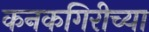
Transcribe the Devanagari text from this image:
कनकगिरीच्या